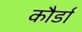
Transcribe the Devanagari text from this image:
कौर्डा